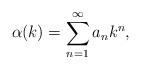
LaTeX: \begin{align*} \alpha(k) = \sum_{n=1}^{\infty} a_n k^n,\end{align*}